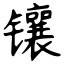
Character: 镶